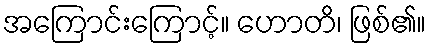
အကြောင်းကြောင့်။ ဟောတိ၊ ဖြစ်၏။